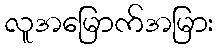
လူအမြောက်အမြား